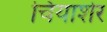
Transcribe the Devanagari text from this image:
चियाशेर